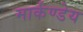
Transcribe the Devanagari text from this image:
मार्कण्‍डेय